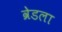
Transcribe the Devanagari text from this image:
व्रेडला